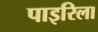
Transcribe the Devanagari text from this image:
पाइरिला